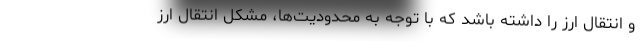
و انتقال ارز را داشته باشد که با توجه به محدودیت‌ها، مشکل انتقال ارز